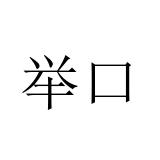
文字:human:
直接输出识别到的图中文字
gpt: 举口